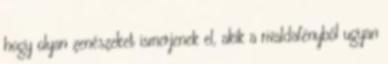
hogy olyan zenészeket ismerjenek el, akik a rivaldafényből ugyan